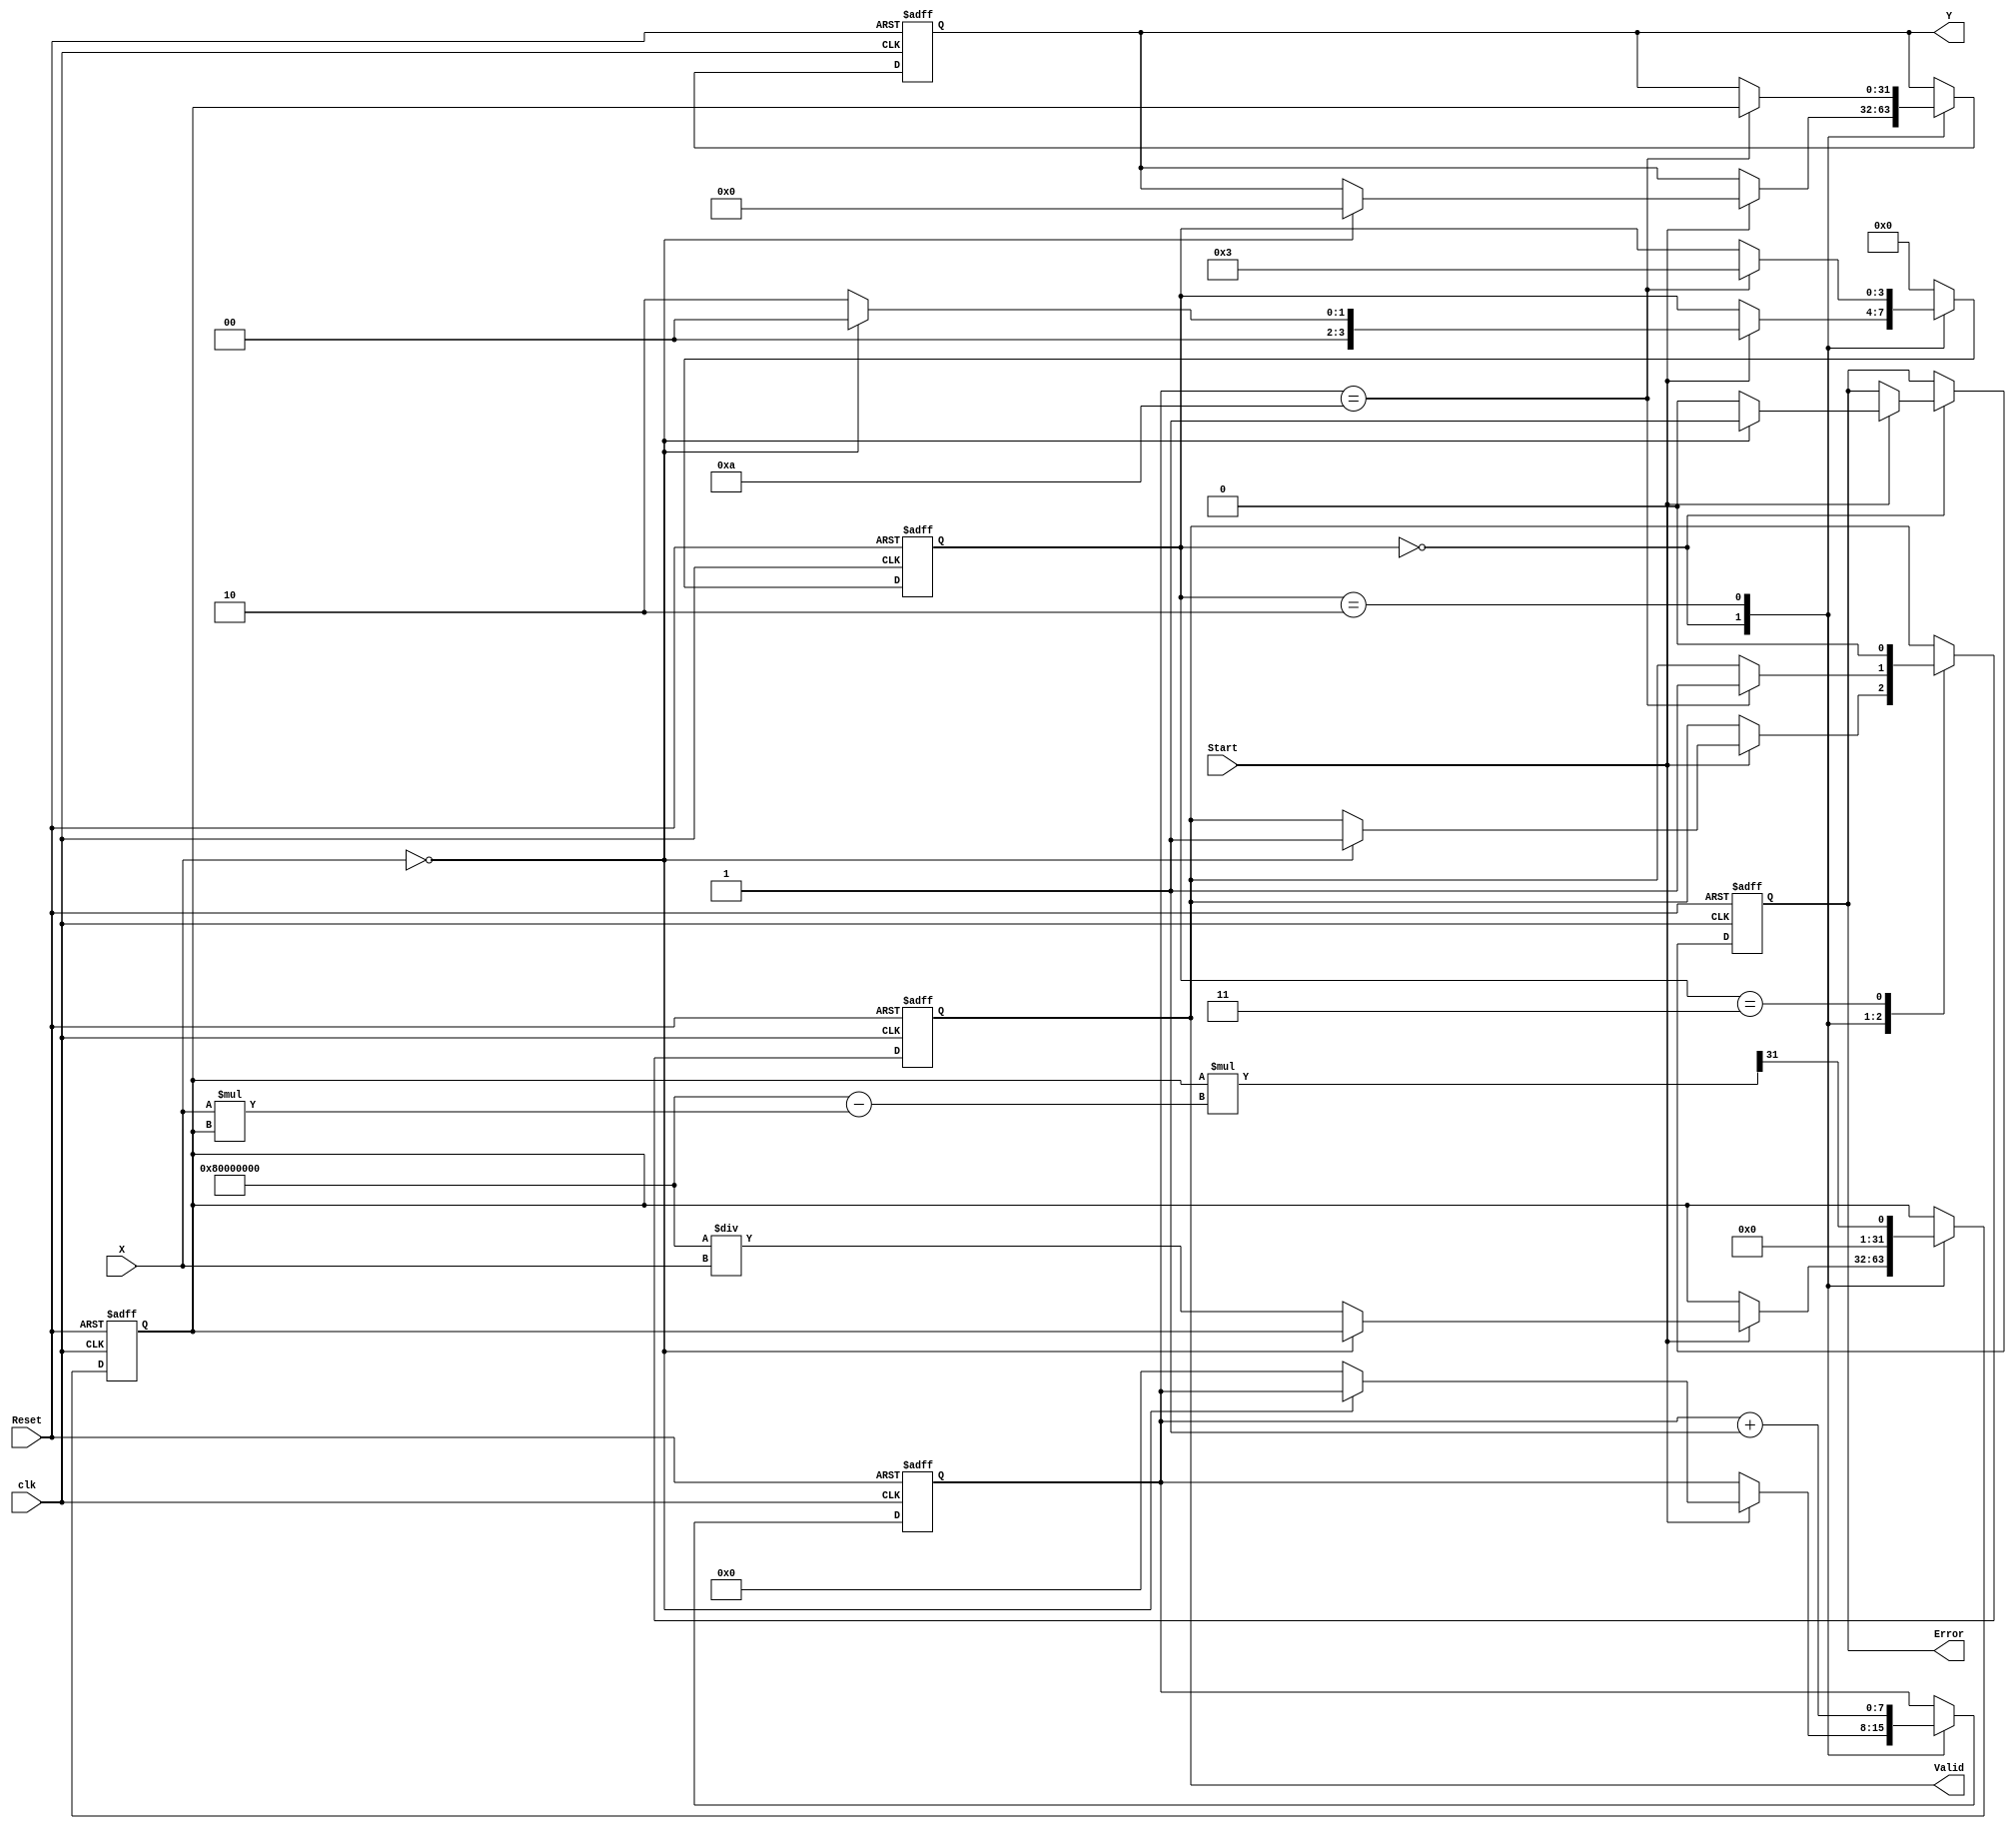
module DirectReciprocalUnit (
    input  wire [31:0] X,         // Input Data (32-bit fixed-point)
    input  wire Start,             // Start signal
    input  wire Reset,             // Reset signal
    input  wire clk,               // Clock signal
    output reg [31:0] Y,           // Reciprocal Result
    output reg Valid,              // Output valid signal
    output reg Error               // Error flag
);

    reg [31:0] reciprocal;          // Intermediate reciprocal value
    reg [3:0] state;                // State variable for FSM
    reg [7:0] count;                // Count for iterations
    localparam IDLE = 4'b0000,
               START = 4'b0001,
               CALCULATE = 4'b0010,
               FINISH = 4'b0011;

    always @(posedge clk or posedge Reset) begin
        if (Reset) begin
            state <= IDLE;
            Y <= 32'b0;
            Valid <= 1'b0;
            Error <= 1'b0;
            reciprocal <= 32'b0;
            count <= 8'b0;
        end else begin
            case (state)
                IDLE: begin
                    if (Start) begin
                        if (X == 32'b0) begin
                            Error <= 1'b1; // Division by zero
                            Y <= 32'b0;
                            Valid <= 1'b1;
                            state <= IDLE; // Stay in IDLE
                        end else begin
                            Error <= 1'b0;
                            reciprocal <= 32'h80000000 / X; // Initial guess (1/X)
                            state <= CALCULATE;
                            count <= 8'd0;
                        end
                    end
                end

                CALCULATE: begin
                    // Newton-Raphson Iteration: x_n+1 = x_n * (2 - X * x_n)
                    reciprocal <= reciprocal * (32'h80000000 - X * reciprocal) >> 31; 
                    count <= count + 1;

                    if (count == 8'd10) begin // Number of iterations
                        Y <= reciprocal;
                        Valid <= 1'b1;
                        state <= FINISH;
                    end
                end

                FINISH: begin
                    // Finish computation and return to IDLE
                    state <= IDLE;
                    Valid <= 1'b0;
                end

                default: state <= IDLE; // Handle unexpected states
            endcase
        end
    end
endmodule